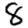
Digit: 8